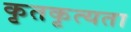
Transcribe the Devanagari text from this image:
कृतकृत्यता